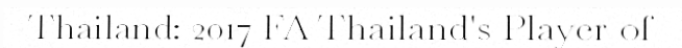
Thailand: 2017 FA Thailand's Player of